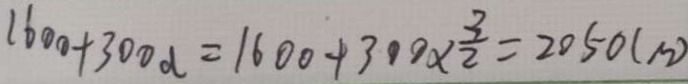
1 6 0 0 + 3 0 0 d = 1 6 0 0 + 3 0 0 \times \frac { 3 } { 2 } = 2 0 5 0 ( m )